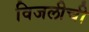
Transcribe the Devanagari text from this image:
विजलीची